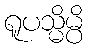
ရူပသ္မိမ္ပိ